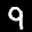
Label: 9